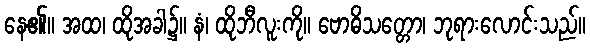
နေ၏။ အထ၊ ထိုအခါ၌။ နံ၊ ထိုဘီလူးကို။ ဗောဓိသတ္တော၊ ဘုရားလောင်းသည်။